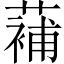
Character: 𮑱